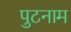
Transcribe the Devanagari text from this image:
पुटनाम